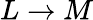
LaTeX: L\rightarrow M